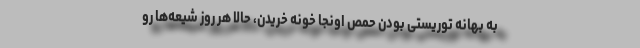
به بهانه توریستی بودن حمص اونجا خونه خریدن، حالا هر روز شیعه‌ها رو